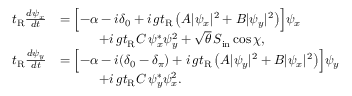
\begin{array} { r l } { t _ { \mathrm { R } } \frac { d \psi _ { x } } { d t } } & { = \Bigl [ - \alpha - i \delta _ { 0 } + i \, g t _ { \mathrm { R } } \left( A | \psi _ { x } | ^ { 2 } + B | \psi _ { y } | ^ { 2 } \right) \Bigr ] \psi _ { x } } \\ & { \qquad \quad + i \, g t _ { \mathrm { R } } C \, \psi _ { x } ^ { * } \psi _ { y } ^ { 2 } + \sqrt { \theta } \, S _ { \mathrm { i n } } \cos \chi , } \\ { t _ { \mathrm { R } } \frac { d \psi _ { y } } { d t } } & { = \Bigl [ - \alpha - i ( \delta _ { 0 } - \delta _ { \pi } ) + i \, g t _ { \mathrm { R } } \left( A | \psi _ { y } | ^ { 2 } + B | \psi _ { x } | ^ { 2 } \right) \Bigr ] \psi _ { y } } \\ & { \qquad \quad + i \, g t _ { \mathrm { R } } C \, \psi _ { y } ^ { * } \psi _ { x } ^ { 2 } . } \end{array}